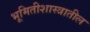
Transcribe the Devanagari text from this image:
भूमितीशास्त्रातील